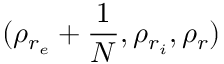
( \rho _ { r _ { e } } + \frac { 1 } { N } , \rho _ { r _ { i } } , \rho _ { r } )